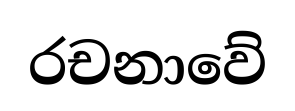
රචනාවේ